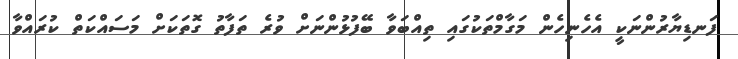
ފަނޑިޔާރުންނަކީ އެހެނިހެން މަގާމްތަކުގައި ތިއްބަވާ ބޭފުޅުންނަށް ވުރެ ތަފާތު ގޮތަކަށް މަސައްކަތް ކުރައްވާ